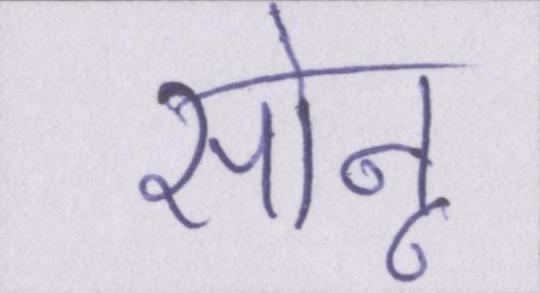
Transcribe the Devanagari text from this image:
सोनू